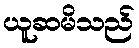
ယူဆမိသည်